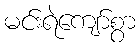
မင်းရဲကျော်စွာ